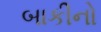
બાકીનો